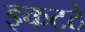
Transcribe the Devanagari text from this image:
इकटठे